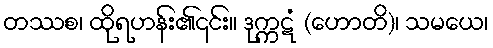
တဿစ၊ ထိုရဟန်း၏၎င်း။ ဒုက္ကဋံ (ဟောတိ)၊ သမယေ၊